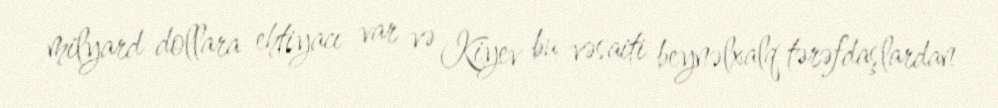
milyard dollara ehtiyacı var və Kiyev bu vəsaiti beynəlxalq tərəfdaşlardan